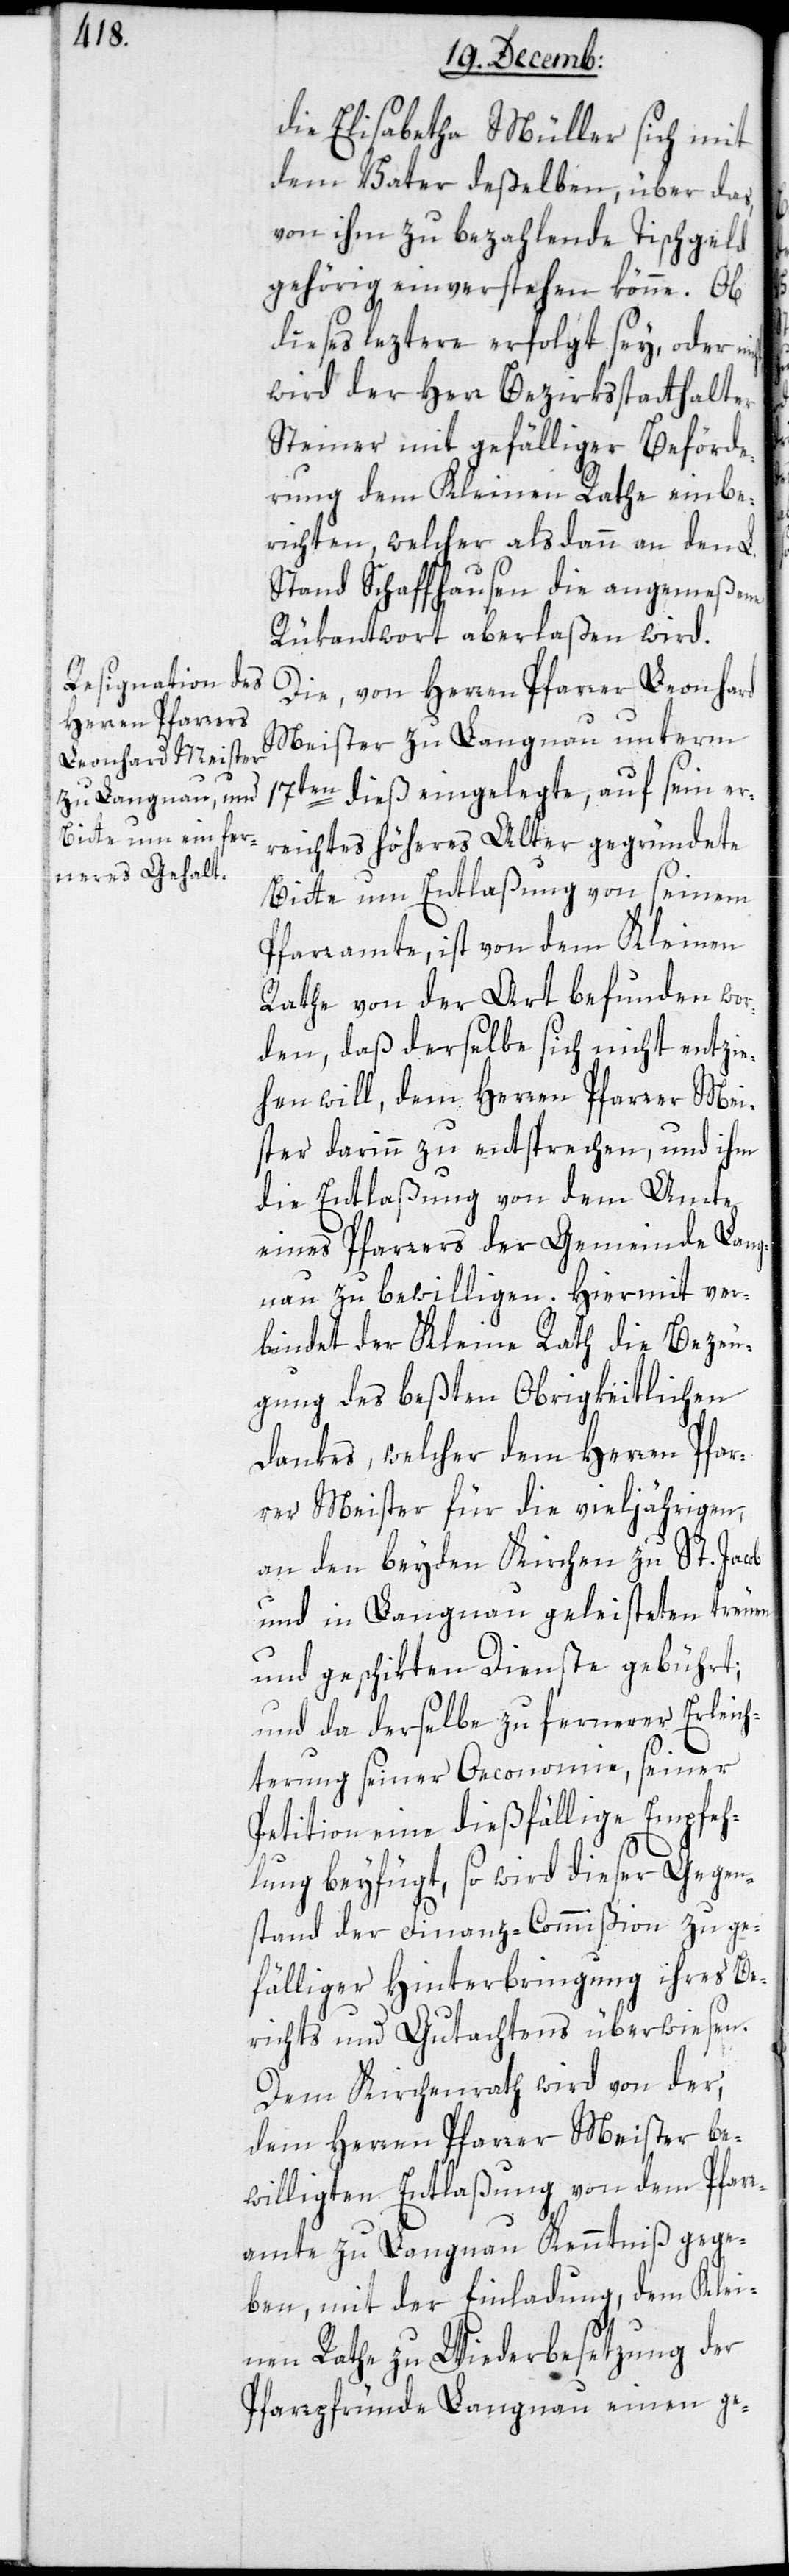
die Elisabetha Müller sich mit
dem Vater deßelben, über das,
von ihm zu bezahlende Tischgeld
gehörig einverstehen könne. Ob
dieses leztere erfolgt sey oder
wird der Herr Bezirksstatthalter
Steiner mit gefälliger Beförde¬
rung dem Kleinen Rathe einbe¬
richten, welcher alsdann an den L.
Stand Schaffhausen die angemeßene
Rükantwort aberlaßen wird.
Die von Herren Pfarrer Leonhard
Meister zu Langnau unterm
17ten dieß eingelegte, auf sein er¬
reichtes höheres Alter gegründete
Bitte um Entlaßung von seinem
Pfarramte, ist von dem Kleinen
Rathe von der Art befunden wor¬
den, daß derselbe sich nicht entzie¬
hen will, dem Herren Pfarrer Mei¬
ster darinn zu entsprechen, und ihm
die Entlaßung von dem Amte
eines Pfarrers der Gemeinde Lang¬
nau zu bewilligen. Hiermit ver¬
bindet der Kleine Rath die Bezeu¬
gung des beßten Obrigkeitlichen
Dankes, welcher dem Herren Pfar¬
rer Meister für die vieljährigen,
an den beyden Kirchen zu St. Jacob
und in Langnau geleisteten treuen
und geschikten Dienste gebührt;
und da derselbe zu fernerer Erleic¬
hterung seiner Oeconomie, seiner
Petition eine dießfällige Empfeh¬
lung beyfügt, so wird dieser Gegen¬
stand der Finanz-Commißion zu ge¬
fälliger Hinterbringung ihres Be¬
richts und Gutachtens überwiesen.
Dem Kirchenrath wird von der,
dem Herren Pfarrer Meister be¬
willigten Entlaßung von dem Pfar¬
ramte zu Langnau Kenntniß gege¬
ben, mit der Einladung, dem Klei¬
ne Rathe zu Wiederbesetzung der
Pfarrpfründe Langnau einen ge-